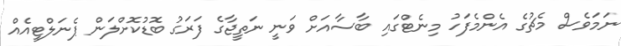
ނަމަވެސް މެޗުގެ އެންމެފަހު މިނެޓްގައި ބާސާއަށް ވަނީ ނަތީޖާގެ ފަރަގު ބޮޑުކޮށްލަން ޕެނަލްޓީއެއް